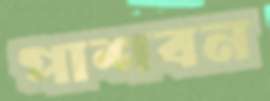
পাশবন